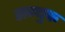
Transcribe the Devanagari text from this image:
सम्युक्त